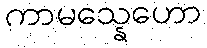
ကာမသ္နေဟော